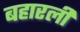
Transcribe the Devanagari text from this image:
बहारली